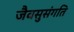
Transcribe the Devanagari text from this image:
जैवसुसंगति